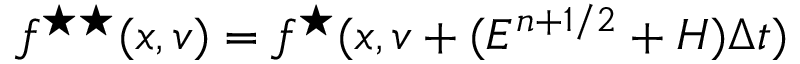
f ^ { \star \star } ( x , v ) = f ^ { \star } ( x , v + ( E ^ { n + 1 / 2 } + H ) \Delta t )